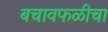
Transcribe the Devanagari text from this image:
बचावफळीचा